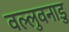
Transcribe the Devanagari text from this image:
वल्लुवनाडु